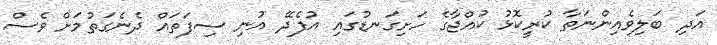
އަދި ބަލިވެއިންނަތާ ކުރީކޮޅު ކުއްޖާގެ ހަށިގަނޑުގައި އުފެދޭ އުނި ސިފަތައް ދެނެގަތުމަށް ވެސް